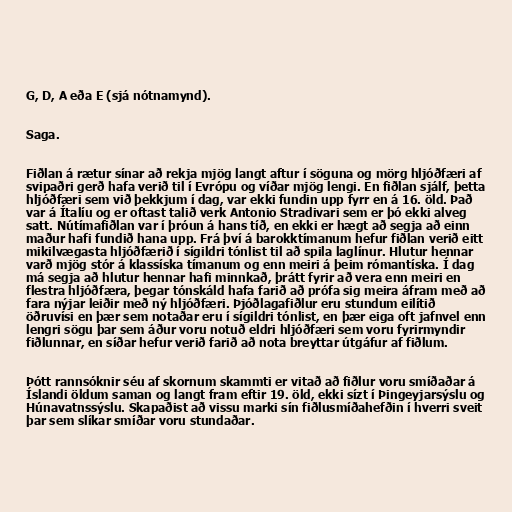
G, D, A eða E (sjá nótnamynd).

Saga.

Fiðlan á rætur sínar að rekja mjög langt aftur í söguna og mörg hljóðfæri af
svipaðri gerð hafa verið til í Evrópu og víðar mjög lengi. En fiðlan sjálf, þetta
hljóðfæri sem við þekkjum í dag, var ekki fundin upp fyrr en á 16. öld. Það
var á Ítalíu og er oftast talið verk Antonio Stradivari sem er þó ekki alveg
satt. Nútímafiðlan var í þróun á hans tíð, en ekki er hægt að segja að einn
maður hafi fundið hana upp. Frá því á barokktímanum hefur fiðlan verið eitt
mikilvægasta hljóðfærið í sígildri tónlist til að spila laglínur. Hlutur hennar
varð mjög stór á klassíska tímanum og enn meiri á þeim rómantíska. Í dag
má segja að hlutur hennar hafi minnkað, þrátt fyrir að vera enn meiri en
flestra hljóðfæra, þegar tónskáld hafa farið að prófa sig meira áfram með að
fara nýjar leiðir með ný hljóðfæri. Þjóðlagafiðlur eru stundum eilítið
öðruvísi en þær sem notaðar eru í sígildri tónlist, en þær eiga oft jafnvel enn
lengri sögu þar sem áður voru notuð eldri hljóðfæri sem voru fyrirmyndir
fiðlunnar, en síðar hefur verið farið að nota breyttar útgáfur af fiðlum.

Þótt rannsóknir séu af skornum skammti er vitað að fiðlur voru smíðaðar á
Íslandi öldum saman og langt fram eftir 19. öld, ekki sízt í Þingeyjarsýslu og
Húnavatnssýslu. Skapaðist að vissu marki sín fiðlusmíðahefðin í hverri sveit
þar sem slíkar smíðar voru stundaðar.